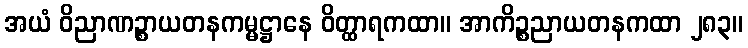
အယံ ဝိညာဏဉ္စာယတနကမ္မဋ္ဌာနေ ဝိတ္ထာရကထာ။ အာကိဉ္စညာယတနကထာ ၂၈၃။